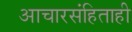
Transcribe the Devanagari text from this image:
आचारसंहिताही